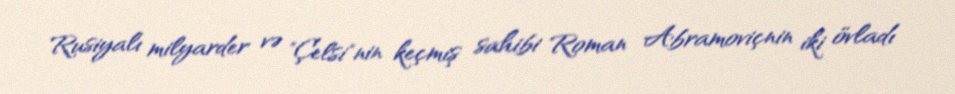
Rusiyalı milyarder və "Çelsi"nin keçmiş sahibi Roman Abramoviçnin iki övladı